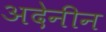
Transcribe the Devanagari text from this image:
अदेनीन